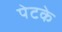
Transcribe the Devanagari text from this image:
पेटके